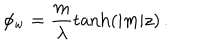
\phi _ { \mathrm { w } } = \frac { m } { \lambda } \tanh ( | m | z ) \, .